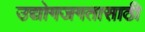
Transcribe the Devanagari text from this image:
उद्योगजगतासाठी